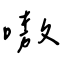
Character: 嗷